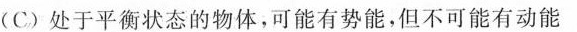
(C)处于平衡状态的物体，可能有势能，但不可能有动能